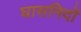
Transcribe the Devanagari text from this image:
घासनिदों